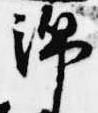
綿